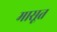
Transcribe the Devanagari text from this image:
मासूत